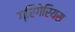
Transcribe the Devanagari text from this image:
ग्रिगेरियस